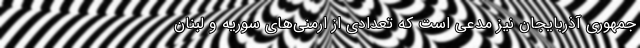
جمهوری آذربایجان نیز مدعی است که تعدادی از ارمنی‌های سوریه و لبنان